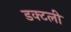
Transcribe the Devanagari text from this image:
डक्टली